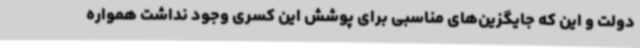
دولت و این که جایگزین‌های مناسبی برای پوشش این کسری وجود نداشت همواره